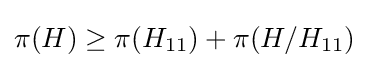
\pi (H)\geq \pi (H_{11})+\pi (H/H_{11})